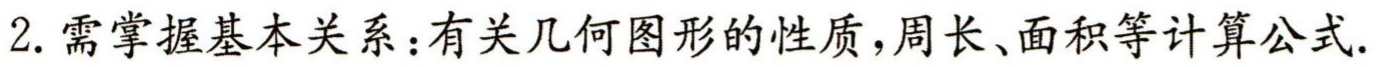
2. 需掌握基本关系：有关几何图形的性质，周长、面积等计算公式.